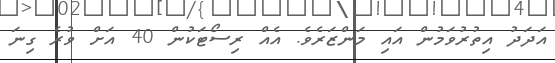
އަދަދު އިތުރުވަމުން އައި މަންޒަރެވެ. އެއް ރިސޯޓަކުން 40 އަށް ވުރެ ގިނަ